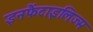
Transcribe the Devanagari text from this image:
इनफैंटाइलिज्म